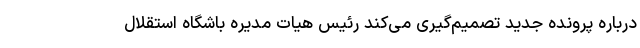
درباره پرونده جدید تصمیم‌گیری می‌کند رئیس هیات مدیره باشگاه استقلال